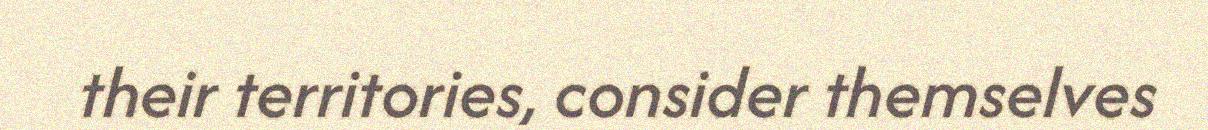
their territories, consider themselves